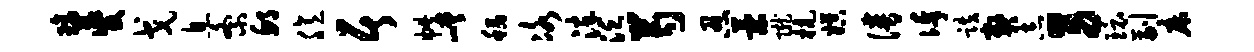
璃夔戈息紊邱臆居帙嵯稻冰淬泛芍忍策陇杭娱谱俸跌弊志男环副床